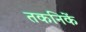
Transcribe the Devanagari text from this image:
तकनिकें